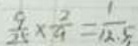
\frac { 9 } { 2 5 } \times \frac { 2 } { 9 } = \frac { 1 } { 1 2 . 5 }